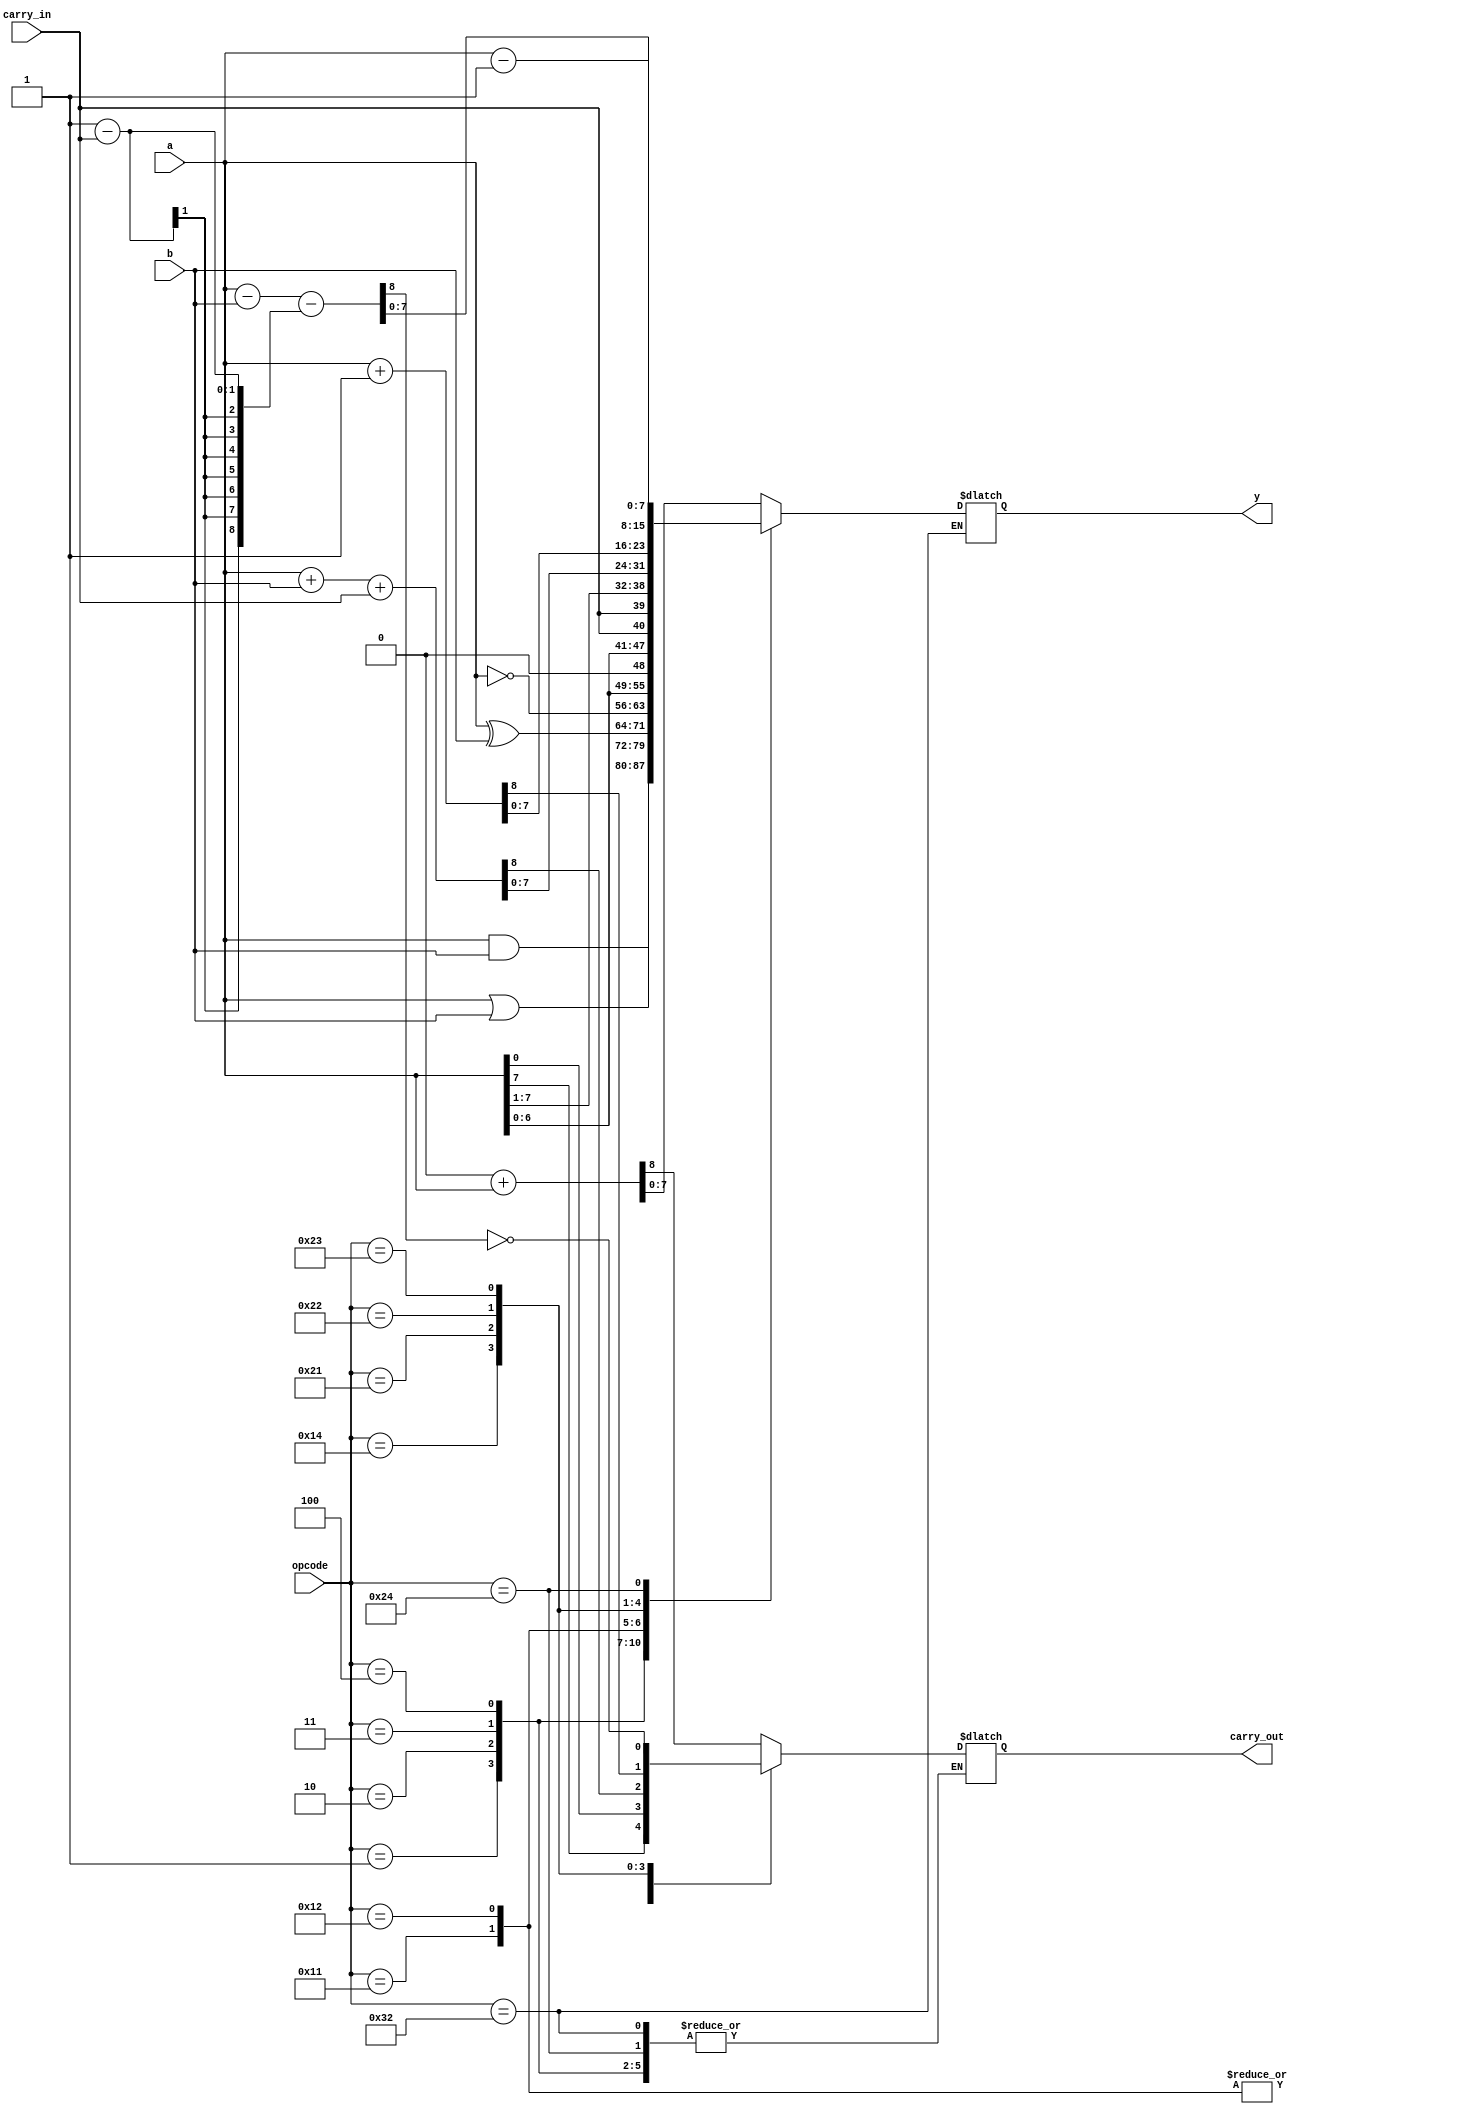
`timescale 1ns / 1ps
//////////////////////////////////////////////////////////////////////////////////
// Company:
// Engineer:
//
// Design Name:
// Module Name:    ALU
// Project Name:
// Target Devices:
// Tool versions:
// Description:
//
// Dependencies:
//
// Revision:
// Revision 0.01 - File Created
// Additional Comments:
//
//////////////////////////////////////////////////////////////////////////////////

module ALU(
	input wire [7:0] a,
	input wire [7:0] b,
	input wire [7:0] opcode,
	input wire carry_in,

	output reg [7:0]  y,
	output reg carry_out
	/*output reg zero,
	output reg overflow,*/
	/*output reg sign*/
    );

	localparam ALU_OP_AND = 8'h01;
	localparam ALU_OP_OR  = 8'h02;
	localparam ALU_OP_XOR = 8'h03;
	localparam ALU_OP_NOT = 8'h04;

	localparam ALU_OP_ASL = 8'h11;
	localparam ALU_OP_ROL = 8'h12;
	localparam ALU_OP_ASR = 8'h13;
	localparam ALU_OP_ROR = 8'h14;

	localparam ALU_OP_ADD = 8'h21;
	localparam ALU_OP_INC = 8'h22;
	localparam ALU_OP_SUB = 8'h23;
	localparam ALU_OP_DEC = 8'h24;

	localparam ALU_OP_PASS_A = 8'h31;
	localparam ALU_OP_NOP = 8'h32;
	//localparam ALU_OP_CMP = 8'h31;

	always @(*)
	begin
		case(opcode)
			ALU_OP_AND:
				y = a & b;
			ALU_OP_OR:
				y = a | b;
			ALU_OP_XOR:
				y = a ^ b;
			ALU_OP_NOT:
				y = ~a;
			ALU_OP_ASL:
				{carry_out, y} = a << 1;
			ALU_OP_ROL:
				{carry_out, y} = {a, carry_in};
			ALU_OP_ROR:
				{carry_out, y} = {a[0], carry_in, a[7:1]};
			ALU_OP_ADD:
				{carry_out, y} = a + b + carry_in;
			ALU_OP_INC:
				{carry_out, y} = a + 1'b1;
			ALU_OP_SUB:
				begin
					{carry_out, y} = a - b - (1'b1 - carry_in);
					carry_out = carry_out ^ 1;
				end
			ALU_OP_DEC:
				y = a - 1'b1;
			ALU_OP_PASS_A:
				{carry_out, y} = 8'b0 + a;
			ALU_OP_NOP:
				;
			/*ALU_OP_CMP:
				begin
					if(a >= b)
					begin
						zero = 1'b1;
						carry_out = 1'b1;
					end
					else if (a==b)
					begin
						zero = 1'b1;
						carry_out = 1'b0;
					end
					else
					begin
						zero = 1'b0;
						carry_out = 1'b0;
					end
				end*/
			default:
				{carry_out, y} = 8'b0 + a;
		endcase
	end
endmodule